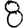
Digit: 8